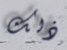
ذلك